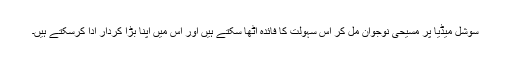
سوشل میڈیا پر مسیحی نوجوان مل کر اس سہولت کا فائدہ اٹھا سکتے ہیں اور اس میں اپنا بڑا کردار ادا کرسکتے ہیں۔